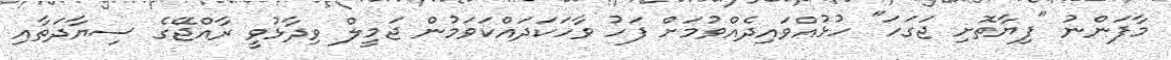
މާފަންނު "ފިޔާތޮށި ޖަގަހަ" ހުޅުއްވައިދެއްވުމަށް ފަހު ވާހަކަދައްކަވަމުން ޖަމީލް ވިދާޅުވީ ރާއްޖޭގެ ސިޔާދަތާއި